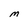
Character: M